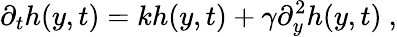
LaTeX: \partial_{t}h(y,t)=kh(y,t)+\gamma\partial_{y}^{2}h(y,t)\ ,